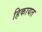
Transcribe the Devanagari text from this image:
हिकायत